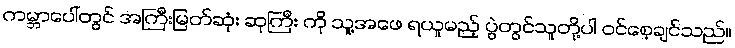
ကမ္ဘာပေါ်တွင် အကြီးမြတ်ဆုံး ဆုကြီး ကို သူ့အဖေ ရယူမည့် ပွဲတွင်သူတို့ပါ ဝင်စေ့ချင်သည်။